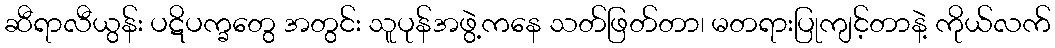
ဆီရာလီယွန်း ပဋိပက္ခတွေ အတွင်း သူပုန်အဖွဲ့ကနေ သတ်ဖြတ်တာ၊ မတရားပြုကျင့်တာနဲ့ ကိုယ်လက်